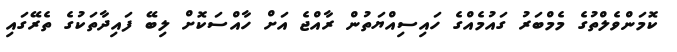
ކޮމަންވެލްތުގެ މެމްބަރު ގައުމެއްގެ ހައިސިއްޔަތުން ރާއްޖެ އަށް ހާއްސަކޮށް ލިބޭ ފައިދާތަކުގެ ތެރޭގައި